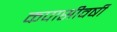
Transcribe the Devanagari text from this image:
कपासीवर्षी